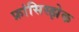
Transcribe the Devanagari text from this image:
फ्रांसिस्झेक